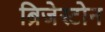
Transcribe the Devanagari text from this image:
ब्रिजेस्टोन